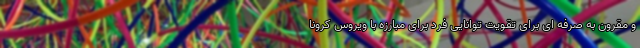
و مقرون به صرفه ای برای تقویت توانایی فرد برای مبارزه با ویروس کرونا